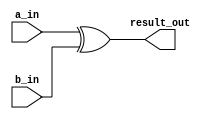
`timescale 1ns / 1ps
//////////////////////////////////////////////////////////////////////////////////
// Company: 
// Engineer: 
// 
// Design Name: 
// Module Name: lab60_xor_task
// Project Name: 
// Target Devices: 
// Tool Versions: 
// Description: 
// 
// Dependencies: 
// 
// Revision:
// Revision 0.01 - File Created
// Additional Comments:
// 
//////////////////////////////////////////////////////////////////////////////////


module lab60_xor_task(
                input [15:0]a_in, b_in,
                output reg [15:0] result_out
    );
    
    always @(*)
    begin
        xor_op(a_in, b_in, result_out);             // calling a task 
    end
    
    task xor_op( input [15:0] a, b, output [15:0]result);           //task declaration
    begin
        result = a ^ b;
    end
    endtask

endmodule